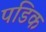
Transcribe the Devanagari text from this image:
पडिक